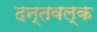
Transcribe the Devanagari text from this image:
दन्तवल्क